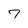
Character: 7